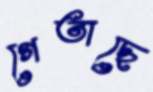
গেতাছে